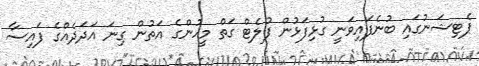
ޕެޓިޝަނުގައި ބުނެފައިވަނީ ގުޅިފަޅުން ފުލެޓް ގަތް މީހުންގެ އަތުން ގިނަ އަދަދެއްގެ ފައިސާ